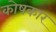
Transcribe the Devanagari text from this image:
काेषकार